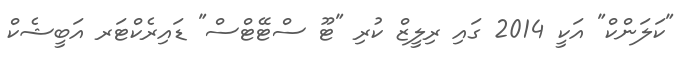
"ކަލަންކް" އަކީ 2014 ގައި ރިލީޒް ކުރި "ޓޫ ސްޓޭޓްސް" ޑައިރެކްޓަރ އަބީޝެކް